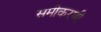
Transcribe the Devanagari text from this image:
समीकरणी